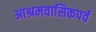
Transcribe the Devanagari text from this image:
आश्रमवासिकपर्व